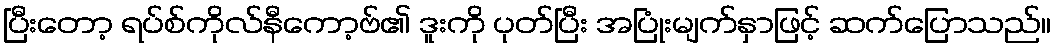
ပြီးတော့ ရပ်စ်ကိုလ်နီကော့ဗ်၏ ဒူးကို ပုတ်ပြီး အပြုံးမျက်နှာဖြင့် ဆက်ပြောသည်။